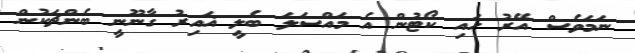
ނަމަވެސް އޭރު ހައި ކޯޓުން އެ މައްސަލަ ބެލީ ޣައިރު ގާނޫނީ ބެންޗަކުން